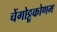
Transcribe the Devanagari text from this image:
चेंगोट्टूकोणम